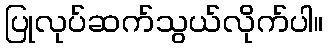
ပြုလုပ်ဆက်သွယ်လိုက်ပါ။